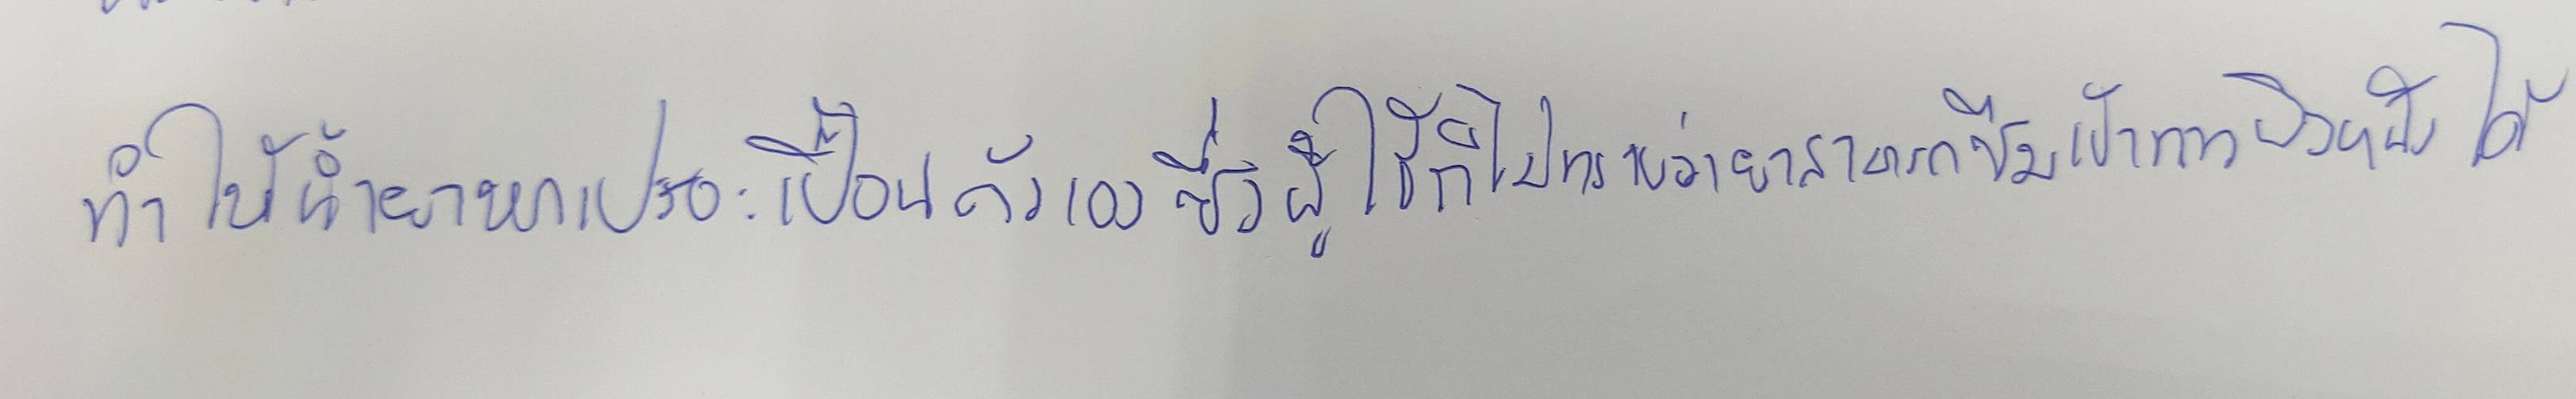
ทำให้น้ำยาหกเปรอะเปื้อนตัวเองซึ่งผู้ใช้ก็ไม่ทราบว่ายาสามารถซึมเข้าทางผิวหนังได้